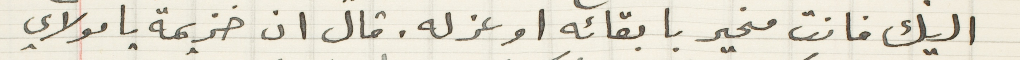
اليك فانت مخير بابقائه او عزله. قال ان خزيمة يا مولاي